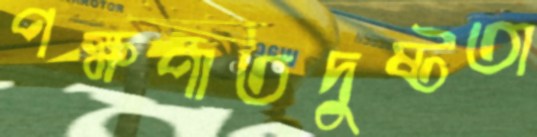
পক্ষপাতদুষ্টতা